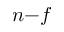
n { - } f